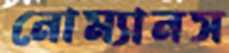
নোম্যানস